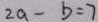
2 a - b = 7